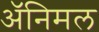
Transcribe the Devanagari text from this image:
अॅनिमल